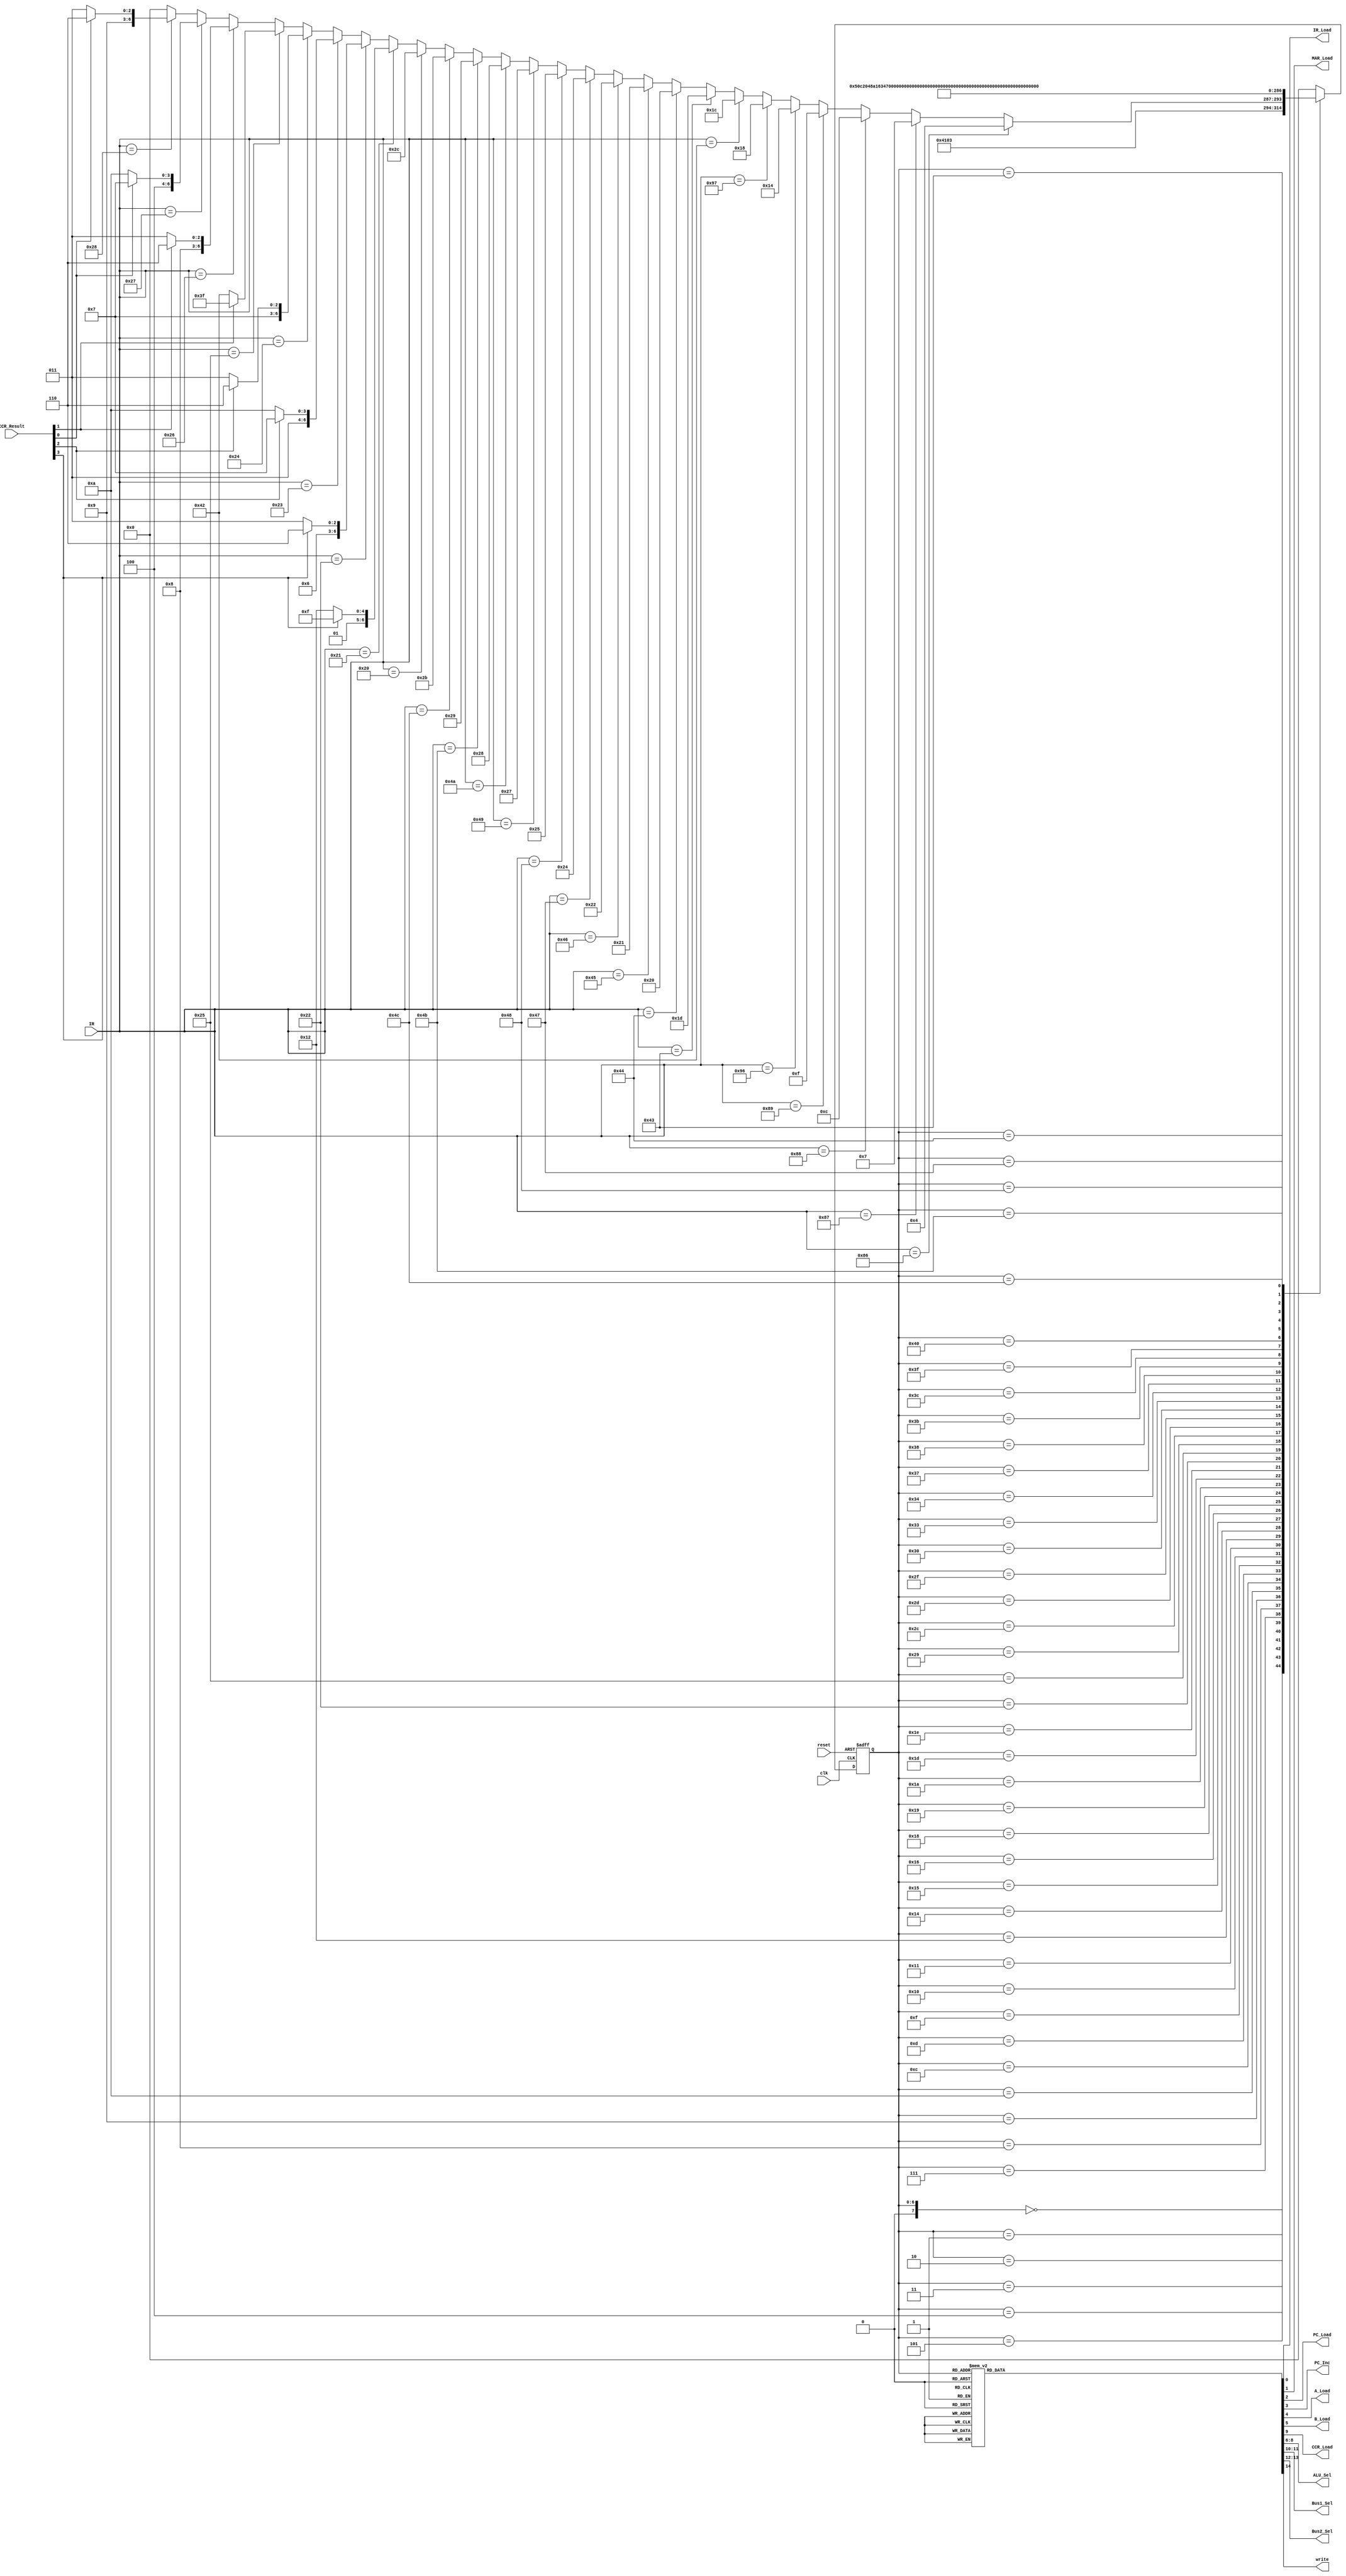
module control_unit(
		
	output reg IR_Load, 
	output reg MAR_Load, 
	output reg PC_Load, PC_Inc, 
	output reg A_Load, B_Load,
	output reg CCR_Load,
	output reg [2:0] ALU_Sel,
	output reg [1:0] Bus1_Sel, Bus2_Sel,
	output reg write, 
	input wire [7:0] IR, 
	input wire [3:0] CCR_Result,
	input wire clk, reset
	
	);
             
  	reg [7:0] current_state, next_state;

	parameter LDA_IMM = 8'h86; // Load Register A (Immediate Addressing)
	parameter LDA_DIR = 8'h87; // Load Register A from memory (RAM or IO) (Direct Addressing)
	parameter LDB_IMM = 8'h88; // Load Register B (Immediate Addressing)
	parameter LDB_DIR = 8'h89; // Load Register B from memory (RAM or IO) (Direct Addressing)
	parameter STA_DIR = 8'h96; // Store Register A to memory (RAM or IO)
	parameter STB_DIR = 8'h97; // Store Register B to memory (RAM or IO)
	
	parameter ADD_AB  = 8'h42; // A <= A + B
	parameter SUB_AB  = 8'h43; // A <= A - B
	parameter AND_AB  = 8'h44; // A <= A & B
	parameter OR_AB   = 8'h45; // A <= A | B
	parameter INCA    = 8'h46; // A <= A + 1
	parameter INCB    = 8'h47; // B <= B + 1
	parameter DECA	  = 8'h48; // A <= A - 1
	parameter DECB    = 8'h49; // B <= B - 1
	parameter XOR_AB  = 8'h4A; // A <= A ^ B
	parameter NOTA	  = 8'h4B; // A <= ~A
	parameter NOTB    = 8'h4C; // B <= ~B
	
	parameter BRA     = 8'h20; // Branch Always    to (ROM) Address
	parameter BMI     = 8'h21; // Branch if N == 1 to (ROM) Address
	parameter BPL     = 8'h22; // Branch if N == 0 to (ROM) Address
	parameter BEQ     = 8'h23; // Branch if Z == 1 to (ROM) Address
	parameter BNE	  = 8'h24; // Branch if Z == 0 to (ROM) Address
	parameter BVS	  = 8'h25; // Branch if V == 1 to (ROM) Address 
	parameter BVC     = 8'h26; // Branch if V == 0 to (ROM) Address
	parameter BCS     = 8'h27; // Branch if C == 1 to (ROM) Address
	parameter BCC     = 8'h28; // Branch if C == 0 to (ROM) Address
  	
	parameter S0_FETCH =    0,  //-- Opcode fetch states
              S1_FETCH =    1,
              S2_FETCH =    2,
              
              S3_DECODE =   3, //-- Opcode decode state
              
              S4_LDA_IMM =  4, //-- LDA_IMM execute states
              S5_LDA_IMM =  5,
              S6_LDA_IMM =  6,
              
              S4_LDA_DIR =  7, //-- LDA_DIR execute states
              S5_LDA_DIR =  8,
              S6_LDA_DIR =  9,
			  S7_LDA_DIR = 10,
			  S8_LDA_DIR = 11,

			  S4_LDB_IMM = 12, //-- LDB_IMM execute states
			  S5_LDB_IMM = 13,
			  S6_LDB_IMM = 14,
			  
			  S4_LDB_DIR = 15, //-- LDB_DIR execute states
			  S5_LDB_DIR = 16,
			  S6_LDB_DIR = 17,
			  S7_LDB_DIR = 18,
			  S8_LDB_DIR = 19,
			  
			  S4_STA_DIR = 20, //-- STA_DIR execute states
			  S5_STA_DIR = 21,
			  S6_STA_DIR = 22,
			  S7_STA_DIR = 23,
			  
			  S4_STB_DIR = 24, //-- STB_DIR execute states
			  S5_STB_DIR = 25,
			  S6_STB_DIR = 26,
			  S7_STB_DIR = 27,
			  
			  S4_ADD_AB = 28, //-- ADD_AB execute states
			  
			  S4_SUB_AB = 29, //-- SUB_AB execute states
			  S5_SUB_AB = 30,
			  S6_SUB_AB = 31,
			  
			  S4_AND_AB = 32, //-- AND_AB execute states
			  
			  S4_OR_AB  = 33, //-- OR_AB execute states
			  
			  S4_INCA   = 34, //-- INCA execute states
			  S5_INCA   = 35,
			  
			  S4_INCB   = 36, //-- INCB execute states
			  
			  S4_DECA   = 37, //-- DECA execute states
			  S5_DECA   = 38,
			  
			  S4_DECB   = 39, //-- DECB execute states
			  
			  S4_XOR_AB = 40, //-- XOR_AB execute states
			  
			  S4_NOTA   = 41, //-- NOTA execute states
			  S5_NOTA   = 42,
			  
			  S4_NOTB   = 43, //-- NOTB execute states

			  S4_BRA    = 44, //-- BRA execute states
			  S5_BRA    = 45,
			  S6_BRA    = 46,

			  S4_BMI    = 47, //-- BMI execute states
			  S5_BMI    = 48,
			  S6_BMI    = 49,
			  S7_BMI    = 50,

			  S4_BPL    = 51, //-- BPL execute states
			  S5_BPL    = 52,
			  S6_BPL    = 53,
			  S7_BPL    = 54,

			  S4_BEQ    = 55, //-- BEQ execute states
			  S5_BEQ    = 56,
			  S6_BEQ    = 57,
			  S7_BEQ    = 58,

			  S4_BNE    = 59, //-- BNE execute states
			  S5_BNE    = 60,
			  S6_BNE    = 61,
			  S7_BNE    = 62,

			  S4_BVS    = 63, //-- BVS execute states
			  S5_BVS    = 64,
			  S6_BVS    = 65,
			  S7_BVS    = 66,

			  S4_BVC    = 67, //-- BVC execute states
			  S5_BVC    = 68,
			  S6_BVC    = 69,
			  S7_BVC    = 70,

			  S4_BCS    = 71, //-- BCS execute states
			  S5_BCS    = 72,
			  S6_BCS    = 73,
			  S7_BCS    = 74,

			  S4_BCC    = 75, //-- BCC execute states
			  S5_BCC    = 76,
			  S6_BCC    = 77,
			  S7_BCC    = 78;
            
  	initial
  		begin
    		current_state = S0_FETCH;
    		next_state = S0_FETCH;
    		IR_Load = 0;
    		MAR_Load = 1;
    		PC_Load = 0;
    		PC_Inc = 0;
    		A_Load = 0;
    		B_Load = 0;
    		CCR_Load = 0;
    		ALU_Sel = 3'b000;
    		Bus1_Sel = 2'b00;
    		Bus2_Sel = 2'b01;
    		write = 0;
    	end          
  
  	always @ (posedge clk or negedge reset)
  		begin: STATE_MEMORY
  			if (!reset)
  				current_state <= S0_FETCH;
  			else
  				current_state <= next_state;
  		end
  	
  	always @ (current_state)
  		begin: NEXT_STATE_LOGIC
			case (current_state)
  				
				S0_FETCH : next_state = S1_FETCH;
  				S1_FETCH : next_state = S2_FETCH;
  				S2_FETCH : next_state = S3_DECODE;
  				
  				S3_DECODE :  if (IR == LDA_IMM) next_state = S4_LDA_IMM;
  						else if (IR == LDA_DIR) next_state = S4_LDA_DIR;
						else if (IR == LDB_IMM) next_state = S4_LDB_IMM;
  						else if (IR == LDB_DIR) next_state = S4_LDB_DIR;
  						else if (IR == STA_DIR) next_state = S4_STA_DIR;
  						else if (IR == STB_DIR) next_state = S4_STB_DIR;
  						else if (IR ==  ADD_AB) next_state = S4_ADD_AB;
  						else if (IR ==  SUB_AB) next_state = S4_SUB_AB;
  						else if (IR ==  AND_AB) next_state = S4_AND_AB;
  						else if (IR ==   OR_AB) next_state = S4_OR_AB;
  						else if (IR ==    INCA) next_state = S4_INCA;
  						else if (IR ==    INCB) next_state = S4_INCB;
  						else if (IR ==    DECA) next_state = S4_DECA;
  						else if (IR ==    DECB) next_state = S4_DECB;
  						else if (IR ==  XOR_AB) next_state = S4_XOR_AB;
  						else if (IR ==    NOTA) next_state = S4_NOTA;
  						else if (IR ==    NOTB) next_state = S4_NOTB;
  						else if (IR ==     BRA) next_state = S4_BRA;
  						
						else if (IR == BMI) begin
							
							if (CCR_Result[3] == 1)
								
								next_state = S4_BMI;
							else
								
								next_state = S7_BMI;
							
						end
  						
						else if (IR == BPL) begin

							if (CCR_Result[3] == 0)
								
								next_state = S4_BPL;
							else
								
								next_state = S7_BPL;
							
						end
  						
						else if (IR == BEQ) begin

							if (CCR_Result[2] == 1)
								
								next_state = S4_BEQ;
							else
								
								next_state = S7_BEQ;
							
						end
  						
						else if (IR == BNE) begin

							if (CCR_Result[2] == 0)
								
								next_state = S4_BNE;
							else
								
								next_state = S7_BNE;
							
						end
  						
						else if (IR == BVS) begin

							if (CCR_Result[1] == 1)
								
								next_state = S4_BVS;
							else
								
								next_state = S7_BVS;
							
						end
  						
						else if (IR == BVC) begin

							if (CCR_Result[1] == 0)
								
								next_state = S4_BVC;
							else
								
								next_state = S7_BVC;
							
						end
  						
						else if (IR == BCS) begin

							if (CCR_Result[0] == 1)
								
								next_state = S4_BCS;
							else
								
								next_state = S7_BCS;
							
						end
  						
						else if (IR == BCC) begin

							if (CCR_Result[0] == 0)
								
								next_state = S4_BCC;
							else
								
								next_state = S7_BCC;
							
						end
  						
						else next_state = S0_FETCH;
  			   				
  				S4_LDA_IMM : next_state = S5_LDA_IMM; // Execute LDA_IMM  
  				S5_LDA_IMM : next_state = S6_LDA_IMM;
				S6_LDA_IMM : next_state = S0_FETCH;

				S4_LDA_DIR : next_state = S5_LDA_DIR; // Execute LDA_DIR
				S5_LDA_DIR : next_state = S6_LDA_DIR;
				S6_LDA_DIR : next_state = S7_LDA_DIR;
				S7_LDA_DIR : next_state = S8_LDA_DIR;
				S8_LDA_DIR : next_state = S0_FETCH;

				S4_LDB_IMM : next_state = S5_LDB_IMM; // Execute LDB_IMM
				S5_LDB_IMM : next_state = S6_LDB_IMM;
				S6_LDB_IMM : next_state = S0_FETCH;

				S4_LDB_DIR : next_state = S5_LDB_DIR; // Execute LDB_DIR
				S5_LDB_DIR : next_state = S6_LDB_DIR;
				S6_LDB_DIR : next_state = S7_LDB_DIR;
				S7_LDB_DIR : next_state = S8_LDB_DIR;
				S8_LDB_DIR : next_state = S0_FETCH;

				S4_STA_DIR : next_state = S5_STA_DIR; // Execute STA_DIR
				S5_STA_DIR : next_state = S6_STA_DIR;
				S6_STA_DIR : next_state = S7_STA_DIR;
				S7_STA_DIR : next_state = S0_FETCH;

				S4_STB_DIR : next_state = S5_STB_DIR; // Execute STB_DIR
				S5_STB_DIR : next_state = S6_STB_DIR;
				S6_STB_DIR : next_state = S7_STB_DIR;
				S7_STB_DIR : next_state = S0_FETCH;

				S4_ADD_AB : next_state = S0_FETCH; // Execute ADD_AB
				
				S4_SUB_AB : next_state = S5_SUB_AB; // Execute SUB_AB
				S5_SUB_AB : next_state = S6_SUB_AB;
				S6_SUB_AB : next_state = S0_FETCH;

				S4_AND_AB : next_state = S0_FETCH; // Execute AND_AB

				S4_OR_AB  : next_state = S0_FETCH; // Execute OR_AB

				S4_INCA   : next_state = S5_INCA;
				S5_INCA   : next_state = S0_FETCH; // Execute INCA

				S4_INCB   : next_state = S0_FETCH; // Execute INCB

				S4_DECA   : next_state = S5_DECA;
				S5_DECA   : next_state = S0_FETCH; // Execute DECA

				S4_DECB   : next_state = S0_FETCH; // Execute DECB

				S4_XOR_AB : next_state = S0_FETCH; // Execute XOR_AB

				S4_NOTA   : next_state = S5_NOTA;
				S5_NOTA   : next_state = S0_FETCH; // Execute NOTA

				S4_NOTB   : next_state = S0_FETCH; // Execute NOTB

				S4_BRA : next_state = S5_BRA; // Execute BRA
				S5_BRA : next_state = S6_BRA;
				S6_BRA : next_state = S0_FETCH;
				
				S4_BMI : next_state = S5_BMI; // Execute BMI
				S5_BMI : next_state = S6_BMI;
				S6_BMI : next_state = S0_FETCH;
				S7_BMI : next_state = S0_FETCH;
				
				S4_BPL : next_state = S5_BPL; // Execute BPL
				S5_BPL : next_state = S6_BPL;
				S6_BPL : next_state = S0_FETCH;
				S7_BPL : next_state = S0_FETCH;
				
				S4_BEQ : next_state = S5_BEQ; // Execute BEQ
				S5_BEQ : next_state = S6_BEQ;
				S6_BEQ : next_state = S0_FETCH;
				S7_BEQ : next_state = S0_FETCH;
				
				S4_BNE : next_state = S5_BNE; // Execute BNE
				S5_BNE : next_state = S6_BNE;
				S6_BNE : next_state = S0_FETCH;
				S7_BNE : next_state = S0_FETCH;
				
				S4_BVS : next_state = S5_BVS; // Execute BVS
				S5_BVS : next_state = S6_BVS;
				S6_BVS : next_state = S0_FETCH;
				S7_BVS : next_state = S0_FETCH;
				
				S4_BVC : next_state = S5_BVC; // Execute BVC
				S5_BVC : next_state = S6_BVC;
				S6_BVC : next_state = S0_FETCH;
				S7_BVC : next_state = S0_FETCH;
				
				S4_BCS : next_state = S5_BCS; // Execute BCS
				S5_BCS : next_state = S6_BCS;
				S6_BCS : next_state = S0_FETCH;
				S7_BCS : next_state = S0_FETCH;
				
				S4_BCC : next_state = S5_BCC; // Execute BCC
				S5_BCC : next_state = S6_BCC;
				S6_BCC : next_state = S0_FETCH;
				S7_BCC : next_state = S0_FETCH;

  				default  : next_state = S0_FETCH;
  			
			endcase
  		end
  	
  		always @ (current_state)
  			begin: OUTPUT_LOGIC
  				case (current_state)
  				
  					S0_FETCH : 
  						begin // Put PC onto MAR to provide address of Opcode 
  							IR_Load = 0;
							MAR_Load = 1;
							PC_Load = 0;
							PC_Inc = 0;
 							A_Load = 0;
							B_Load = 0;
 							ALU_Sel = 3'b000;
 							CCR_Load = 0;
 							Bus1_Sel = 2'b00; // PC, A, B
  							Bus2_Sel = 2'b01; // ALU, Bus1, from_memory
 							write = 0;
						end
					
					S1_FETCH : 
  						begin // Increment PC 
  							IR_Load = 0;
							MAR_Load = 1;
							PC_Load = 0;
							PC_Inc = 1;
 							A_Load = 0;
							B_Load = 0;
 							ALU_Sel = 3'b000;
 							CCR_Load = 0;
 							Bus1_Sel = 2'b00; // PC, A, B
  							Bus2_Sel = 2'b01; // ALU, Bus1, from_memory
 							write = 0;
						end

					S2_FETCH : 
  						begin // Load Opcode from memory into IR 
  							IR_Load = 1;
							MAR_Load = 0;
							PC_Load = 0;
							PC_Inc = 0;
 							A_Load = 0;
							B_Load = 0;
 							ALU_Sel = 3'b000;
 							CCR_Load = 0;
 							Bus1_Sel = 2'b00; // PC, A, B
  							Bus2_Sel = 2'b10; // ALU, Bus1, from_memory
 							write = 0;
						end
						
					S3_DECODE : 
  						begin // Decode Opcode 
  							IR_Load = 0;
							MAR_Load = 0;
							PC_Load = 0;
							PC_Inc = 0;
 							A_Load = 0;
							B_Load = 0;
 							ALU_Sel = 3'b000;
 							CCR_Load = 0;
 							Bus1_Sel = 2'b00; // PC, A, B
  							Bus2_Sel = 2'b01; // ALU, Bus1, from_memory
 							write = 0;
						end

					S4_LDA_IMM : 
  						begin // Load PC address into MAR
  							IR_Load = 0;
							MAR_Load = 1;
							PC_Load = 0;
							PC_Inc = 0;
 							A_Load = 0;
							B_Load = 0;
 							ALU_Sel = 3'b000;
 							CCR_Load = 0;
 							Bus1_Sel = 2'b00; // PC, A, B
  							Bus2_Sel = 2'b01; // ALU, Bus1, from_memory
 							write = 0;
						end

					S5_LDA_IMM : 
  						begin // Increment PC
  							IR_Load = 0;
							MAR_Load = 0;
							PC_Load = 0;
							PC_Inc = 1;
 							A_Load = 0;
							B_Load = 0;
 							ALU_Sel = 3'b000;
 							CCR_Load = 0;
 							Bus1_Sel = 2'b00; // PC, A, B
  							Bus2_Sel = 2'b10; // ALU, Bus1, from_memory
 							write = 0;
						end

					S6_LDA_IMM : 
  						begin // Load data from memory into A
  							IR_Load = 0;
							MAR_Load = 0;
							PC_Load = 0;
							PC_Inc = 0;
 							A_Load = 1;
							B_Load = 0;
 							ALU_Sel = 3'b000;
 							CCR_Load = 0;
 							Bus1_Sel = 2'b00; // PC, A, B
  							Bus2_Sel = 2'b10; // ALU, Bus1, from_memory
 							write = 0;
						end

					S4_LDA_DIR : 
  						begin // Load PC address into MAR
  							IR_Load = 0;
							MAR_Load = 1;
							PC_Load = 0;
							PC_Inc = 0;
 							A_Load = 0;
							B_Load = 0;
 							ALU_Sel = 3'b000;
 							CCR_Load = 0;
 							Bus1_Sel = 2'b00; // PC, A, B
  							Bus2_Sel = 2'b01; // ALU, Bus1, from_memory
 							write = 0;
						end

					S5_LDA_DIR : 
  						begin // Increment PC
  							IR_Load = 0;
							MAR_Load = 0;
							PC_Load = 0;
							PC_Inc = 1;
 							A_Load = 0;
							B_Load = 0;
 							ALU_Sel = 3'b000;
 							CCR_Load = 0;
 							Bus1_Sel = 2'b00; // PC, A, B
  							Bus2_Sel = 2'b10; // ALU, Bus1, from_memory
 							write = 0;
						end

					S6_LDA_DIR : 
  						begin // Load address on MAR
  							IR_Load = 0;
							MAR_Load = 1;
							PC_Load = 0;
							PC_Inc = 0;
 							A_Load = 0;
							B_Load = 0;
 							ALU_Sel = 3'b000;
 							CCR_Load = 0;
 							Bus1_Sel = 2'b00; // PC, A, B
  							Bus2_Sel = 2'b10; // ALU, Bus1, from_memory
 							write = 0;
						end

					S7_LDA_DIR :
						begin // Wait
  							IR_Load = 0;
							MAR_Load = 0;
							PC_Load = 0;
							PC_Inc = 0;
 							A_Load = 0;
							B_Load = 0;
 							ALU_Sel = 3'b000;
 							CCR_Load = 0;
 							Bus1_Sel = 2'b00; // PC, A, B
  							Bus2_Sel = 2'b10; // ALU, Bus1, from_memory
 							write = 0;
						end

					S8_LDA_DIR :
						begin // Load data from memory into A
  							IR_Load = 0;
							MAR_Load = 0;
							PC_Load = 0;
							PC_Inc = 0;
 							A_Load = 1;
							B_Load = 0;
 							ALU_Sel = 3'b000;
 							CCR_Load = 0;
 							Bus1_Sel = 2'b00; // PC, A, B
  							Bus2_Sel = 2'b10; // ALU, Bus1, from_memory
 							write = 0;
						end

					S4_LDB_IMM : 
  						begin // Load PC address into MAR
  							IR_Load = 0;
							MAR_Load = 1;
							PC_Load = 0;
							PC_Inc = 0;
 							A_Load = 0;
							B_Load = 0;
 							ALU_Sel = 3'b000;
 							CCR_Load = 0;
 							Bus1_Sel = 2'b00; // PC, A, B
  							Bus2_Sel = 2'b01; // ALU, Bus1, from_memory
 							write = 0;
						end

					S5_LDB_IMM : 
  						begin // Increment PC
  							IR_Load = 0;
							MAR_Load = 0;
							PC_Load = 0;
							PC_Inc = 1;
 							A_Load = 0;
							B_Load = 0;
 							ALU_Sel = 3'b000;
 							CCR_Load = 0;
 							Bus1_Sel = 2'b00; // PC, A, B
  							Bus2_Sel = 2'b10; // ALU, Bus1, from_memory
 							write = 0;
						end

					S6_LDB_IMM : 
  						begin // Load data from memory into B
  							IR_Load = 0;
							MAR_Load = 0;
							PC_Load = 0;
							PC_Inc = 0;
 							A_Load = 0;
							B_Load = 1;
 							ALU_Sel = 3'b000;
 							CCR_Load = 0;
 							Bus1_Sel = 2'b00; // PC, A, B
  							Bus2_Sel = 2'b10; // ALU, Bus1, from_memory
 							write = 0;
						end

					S4_LDB_DIR : 
  						begin // Load PC address into MAR
  							IR_Load = 0;
							MAR_Load = 1;
							PC_Load = 0;
							PC_Inc = 0;
 							A_Load = 0;
							B_Load = 0;
 							ALU_Sel = 3'b000;
 							CCR_Load = 0;
 							Bus1_Sel = 2'b00; // PC, A, B
  							Bus2_Sel = 2'b01; // ALU, Bus1, from_memory
 							write = 0;
						end

					S5_LDB_DIR : 
  						begin // Increment PC
  							IR_Load = 0;
							MAR_Load = 0;
							PC_Load = 0;
							PC_Inc = 1;
 							A_Load = 0;
							B_Load = 0;
 							ALU_Sel = 3'b000;
 							CCR_Load = 0;
 							Bus1_Sel = 2'b00; // PC, A, B
  							Bus2_Sel = 2'b10; // ALU, Bus1, from_memory
 							write = 0;
						end

					S6_LDB_DIR : 
  						begin // Load address into MAR
  							IR_Load = 0;
							MAR_Load = 1;
							PC_Load = 0;
							PC_Inc = 0;
 							A_Load = 0;
							B_Load = 0;
 							ALU_Sel = 3'b000;
 							CCR_Load = 0;
 							Bus1_Sel = 2'b00; // PC, A, B
  							Bus2_Sel = 2'b10; // ALU, Bus1, from_memory
 							write = 0;
						end

					S7_LDB_DIR : 
  						begin // Wait
  							IR_Load = 0;
							MAR_Load = 0;
							PC_Load = 0;
							PC_Inc = 0;
 							A_Load = 0;
							B_Load = 0;
 							ALU_Sel = 3'b000;
 							CCR_Load = 0;
 							Bus1_Sel = 2'b00; // PC, A, B
  							Bus2_Sel = 2'b10; // ALU, Bus1, from_memory
 							write = 0;
						end

					S8_LDB_DIR :
						begin // Load data from memory into B
  							IR_Load = 0;
							MAR_Load = 0;
							PC_Load = 0;
							PC_Inc = 0;
 							A_Load = 0;
							B_Load = 1;
 							ALU_Sel = 3'b000;
 							CCR_Load = 0;
 							Bus1_Sel = 2'b00; // PC, A, B
  							Bus2_Sel = 2'b10; // ALU, Bus1, from_memory
 							write = 0;
						end

					S4_STA_DIR : 
  						begin // Load PC address into MAR
  							IR_Load = 0;
							MAR_Load = 1;
							PC_Load = 0;
							PC_Inc = 0;
 							A_Load = 0;
							B_Load = 0;
 							ALU_Sel = 3'b000;
 							CCR_Load = 0;
 							Bus1_Sel = 2'b00; // PC, A, B
  							Bus2_Sel = 2'b01; // ALU, Bus1, from_memory
 							write = 0;
						end

					S5_STA_DIR : 
  						begin // Increment PC
  							IR_Load = 0;
							MAR_Load = 0;
							PC_Load = 0;
							PC_Inc = 1;
 							A_Load = 0;
							B_Load = 0;
 							ALU_Sel = 3'b000;
 							CCR_Load = 0;
 							Bus1_Sel = 2'b00; // PC, A, B
  							Bus2_Sel = 2'b10; // ALU, Bus1, from_memory
 							write = 0;
						end

					S6_STA_DIR : 
  						begin // Load data from memory into MAR
  							IR_Load = 0;
							MAR_Load = 1;
							PC_Load = 0;
							PC_Inc = 0;
 							A_Load = 0;
							B_Load = 0;
 							ALU_Sel = 3'b000;
 							CCR_Load = 0;
 							Bus1_Sel = 2'b00; // PC, A, B
  							Bus2_Sel = 2'b10; // ALU, Bus1, from_memory
 							write = 0;
						end

					S7_STA_DIR : 
  						begin // Write data from A into memory
  							IR_Load = 0;
							MAR_Load = 0;
							PC_Load = 0;
							PC_Inc = 0;
 							A_Load = 0;
							B_Load = 0;
 							ALU_Sel = 3'b000;
 							CCR_Load = 0;
 							Bus1_Sel = 2'b01; // PC, A, B
  							Bus2_Sel = 2'b00; // ALU, Bus1, from_memory
 							write = 1;
						end

					S4_STB_DIR : 
  						begin // Load PC address into MAR
  							IR_Load = 0;
							MAR_Load = 1;
							PC_Load = 0;
							PC_Inc = 0;
 							A_Load = 0;
							B_Load = 0;
 							ALU_Sel = 3'b000;
 							CCR_Load = 0;
 							Bus1_Sel = 2'b00; // PC, A, B
  							Bus2_Sel = 2'b01; // ALU, Bus1, from_memory
 							write = 0;
						end

					S5_STB_DIR : 
  						begin // Increment PC
  							IR_Load = 0;
							MAR_Load = 0;
							PC_Load = 0;
							PC_Inc = 1;
 							A_Load = 0;
							B_Load = 0;
 							ALU_Sel = 3'b000;
 							CCR_Load = 0;
 							Bus1_Sel = 2'b00; // PC, A, B
  							Bus2_Sel = 2'b10; // ALU, Bus1, from_memory
 							write = 0;
						end

					S6_STB_DIR : 
  						begin // Load data from memory into MAR
  							IR_Load = 0;
							MAR_Load = 1;
							PC_Load = 0;
							PC_Inc = 0;
 							A_Load = 0;
							B_Load = 0;
 							ALU_Sel = 3'b000;
 							CCR_Load = 0;
 							Bus1_Sel = 2'b00; // PC, A, B
  							Bus2_Sel = 2'b10; // ALU, Bus1, from_memory
 							write = 0;
						end

					S7_STB_DIR : 
  						begin // Write data from B into memory
  							IR_Load = 0;
							MAR_Load = 0;
							PC_Load = 0;
							PC_Inc = 0;
 							A_Load = 0;
							B_Load = 0;
 							ALU_Sel = 3'b000;
 							CCR_Load = 0;
 							Bus1_Sel = 2'b10; // PC, A, B
  							Bus2_Sel = 2'b00; // ALU, Bus1, from_memory
 							write = 1;
						end

					S4_ADD_AB : 
  						begin // Redirect A to ALU
  							IR_Load = 0;
							MAR_Load = 0;
							PC_Load = 0;
							PC_Inc = 0;
 							A_Load = 1;
							B_Load = 0;
 							ALU_Sel = 3'b000;
 							CCR_Load = 1;
 							Bus1_Sel = 2'b01; // PC, A, B
  							Bus2_Sel = 2'b00; // ALU, Bus1, from_memory
 							write = 0;
						end

					S4_SUB_AB :
						begin // Do NOT B and store in B
							IR_Load = 0;
							MAR_Load = 0;
							PC_Load = 0;
							PC_Inc = 0;
							A_Load = 0;
							B_Load = 1;
							ALU_Sel = 3'b111;
							CCR_Load = 0;
							Bus1_Sel = 2'b10; // PC, A, B
							Bus2_Sel = 2'b00; // ALU, Bus1, from_memory
							write = 0;
						end

					S5_SUB_AB :
						begin // Do INC B and store in B
							IR_Load = 0;
							MAR_Load = 0;
							PC_Load = 0;
							PC_Inc = 0;
							A_Load = 0;
							B_Load = 1;
							ALU_Sel = 3'b001;
							CCR_Load = 0;
							Bus1_Sel = 2'b10; // PC, A, B
							Bus2_Sel = 2'b00; // ALU, Bus1, from_memory
							write = 0;
						end

					S6_SUB_AB :
						begin // Do A + B and store in A
							IR_Load = 0;
							MAR_Load = 0;
							PC_Load = 0;
							PC_Inc = 0;
							A_Load = 1;
							B_Load = 0;
							ALU_Sel = 3'b000;
							CCR_Load = 1;
							Bus1_Sel = 2'b01; // PC, A, B
							Bus2_Sel = 2'b00; // ALU, Bus1, from_memory
							write = 0;
						end

					S4_AND_AB :
						begin // Redirect A to ALU
							IR_Load = 0;
							MAR_Load = 0;
							PC_Load = 0;
							PC_Inc = 0;
							A_Load = 1;
							B_Load = 0;
							ALU_Sel = 3'b100;
							CCR_Load = 1;
							Bus1_Sel = 2'b01; // PC, A, B
							Bus2_Sel = 2'b00; // ALU, Bus1, from_memory
							write = 0;
						end
					
					S4_OR_AB :
						begin // Redirect A to ALU
							IR_Load = 0;
							MAR_Load = 0;
							PC_Load = 0;
							PC_Inc = 0;
							A_Load = 1;
							B_Load = 0;
							ALU_Sel = 3'b101;
							CCR_Load = 1;
							Bus1_Sel = 2'b01; // PC, A, B
							Bus2_Sel = 2'b00; // ALU, Bus1, from_memory
							write = 0;
						end

					S4_INCA :
						begin // Load A into BUS1 and into B
							IR_Load = 0;
							MAR_Load = 0;
							PC_Load = 0;
							PC_Inc = 0;
							A_Load = 0;
							B_Load = 1;
							ALU_Sel = 3'b000;
							CCR_Load = 0;
							Bus1_Sel = 2'b01; // PC, A, B
							Bus2_Sel = 2'b01; // ALU, Bus1, from_memory
							write = 0;
						end

					S5_INCA :
						begin // Redirect A to ALU
							IR_Load = 0;
							MAR_Load = 0;
							PC_Load = 0;
							PC_Inc = 0;
							A_Load = 1;
							B_Load = 0;
							ALU_Sel = 3'b001;
							CCR_Load = 0;
							Bus1_Sel = 2'b01; // PC, A, B
							Bus2_Sel = 2'b00; // ALU, Bus1, from_memory
							write = 0;
						end


					S4_INCB :
						begin // Redirect B to ALU
							IR_Load = 0;
							MAR_Load = 0;
							PC_Load = 0;
							PC_Inc = 0;
							A_Load = 0;
							B_Load = 1;
							ALU_Sel = 3'b001;
							CCR_Load = 1;
							Bus1_Sel = 2'b10; // PC, A, B
							Bus2_Sel = 2'b00; // ALU, Bus1, from_memory
							write = 0;
						end	

					S4_DECA :
						begin // Load A into BUS1 and into B
							IR_Load = 0;
							MAR_Load = 0;
							PC_Load = 0;
							PC_Inc = 0;
							A_Load = 0;
							B_Load = 1;
							ALU_Sel = 3'b000;
							CCR_Load = 0;
							Bus1_Sel = 2'b01; // PC, A, B
							Bus2_Sel = 2'b01; // ALU, Bus1, from_memory
							write = 0;
						end

					S5_DECA :
						begin // Redirect A to ALU
							IR_Load = 0;
							MAR_Load = 0;
							PC_Load = 0;
							PC_Inc = 0;
							A_Load = 1;
							B_Load = 0;
							ALU_Sel = 3'b011;
							CCR_Load = 0;
							Bus1_Sel = 2'b01; // PC, A, B
							Bus2_Sel = 2'b00; // ALU, Bus1, from_memory
							write = 0;
						end

					S4_DECB :
						begin // Redirect B to ALU
							IR_Load = 0;
							MAR_Load = 0;
							PC_Load = 0;
							PC_Inc = 0;
							A_Load = 0;
							B_Load = 1;
							ALU_Sel = 3'b011;
							CCR_Load = 1;
							Bus1_Sel = 2'b10; // PC, A, B
							Bus2_Sel = 2'b00; // ALU, Bus1, from_memory
							write = 0;
						end

					S4_XOR_AB :
						begin // Redirect A to ALU
							IR_Load = 0;
							MAR_Load = 0;
							PC_Load = 0;
							PC_Inc = 0;
							A_Load = 1;
							B_Load = 0;
							ALU_Sel = 3'b110;
							CCR_Load = 1;
							Bus1_Sel = 2'b01; // PC, A, B
							Bus2_Sel = 2'b00; // ALU, Bus1, from_memory
							write = 0;
						end

					S4_NOTA :
						begin // Load A into BUS1 and into B
							IR_Load = 0;
							MAR_Load = 0;
							PC_Load = 0;
							PC_Inc = 0;
							A_Load = 0;
							B_Load = 1;
							ALU_Sel = 3'b000;
							CCR_Load = 0;
							Bus1_Sel = 2'b01; // PC, A, B
							Bus2_Sel = 2'b01; // ALU, Bus1, from_memory
							write = 0;
						end

					S5_NOTA :
						begin // Redirect A to ALU
							IR_Load = 0;
							MAR_Load = 0;
							PC_Load = 0;
							PC_Inc = 0;
							A_Load = 1;
							B_Load = 0;
							ALU_Sel = 3'b111;
							CCR_Load = 1;
							Bus1_Sel = 2'b01; // PC, A, B
							Bus2_Sel = 2'b00; // ALU, Bus1, from_memory
							write = 0;
						end

					S4_NOTB :
						begin // Redirect B to ALU
							IR_Load = 0;
							MAR_Load = 0;
							PC_Load = 0;
							PC_Inc = 0;
							A_Load = 0;
							B_Load = 1;
							ALU_Sel = 3'b111;
							CCR_Load = 1;
							Bus1_Sel = 2'b10; // PC, A, B
							Bus2_Sel = 2'b00; // ALU, Bus1, from_memory
							write = 0;
						end

					S4_BRA :
						begin // Load PC address into MAR
							IR_Load = 0;
							MAR_Load = 1;
							PC_Load = 0;
							PC_Inc = 0;
							A_Load = 0;
							B_Load = 0;
							ALU_Sel = 3'b000;
							CCR_Load = 0;
							Bus1_Sel = 2'b00; // PC, A, B
							Bus2_Sel = 2'b01; // ALU, Bus1, from_memory
							write = 0;
						end

					S5_BRA :
						begin // Wait
							IR_Load = 0;
							MAR_Load = 0;
							PC_Load = 0;
							PC_Inc = 0;
							A_Load = 0;
							B_Load = 0;
							ALU_Sel = 3'b000;
							CCR_Load = 0;
							Bus1_Sel = 2'b00; // PC, A, B
							Bus2_Sel = 2'b10; // ALU, Bus1, from_memory
							write = 0;
						end

					S6_BRA :
						begin // Load data from memory into PC
							IR_Load = 0;
							MAR_Load = 0;
							PC_Load = 1;
							PC_Inc = 0;
							A_Load = 0;
							B_Load = 0;
							ALU_Sel = 3'b000;
							CCR_Load = 0;
							Bus1_Sel = 2'b00; // PC, A, B
							Bus2_Sel = 2'b10; // ALU, Bus1, from_memory
							write = 0;
						end

					S4_BMI :
						begin // Load PC address into MAR
							IR_Load = 0;
							MAR_Load = 1;
							PC_Load = 0;
							PC_Inc = 0;
							A_Load = 0;
							B_Load = 0;
							ALU_Sel = 3'b000;
							CCR_Load = 0;
							Bus1_Sel = 2'b00; // PC, A, B
							Bus2_Sel = 2'b01; // ALU, Bus1, from_memory
							write = 0;
						end

					S5_BMI :
						begin // Wait
							IR_Load = 0;
							MAR_Load = 0;
							PC_Load = 0;
							PC_Inc = 0;
							A_Load = 0;
							B_Load = 0;
							ALU_Sel = 3'b000;
							CCR_Load = 0;
							Bus1_Sel = 2'b00; // PC, A, B
							Bus2_Sel = 2'b10; // ALU, Bus1, from_memory
							write = 0;
						end

					S6_BMI :
						begin // Load data from memory into PC
							IR_Load = 0;
							MAR_Load = 0;
							PC_Load = 1;
							PC_Inc = 0;
							A_Load = 0;
							B_Load = 0;
							ALU_Sel = 3'b000;
							CCR_Load = 0;
							Bus1_Sel = 2'b00; // PC, A, B
							Bus2_Sel = 2'b10; // ALU, Bus1, from_memory
							write = 0;
						end

					S7_BMI :
						begin // Increment PC
							IR_Load = 0;
							MAR_Load = 0;
							PC_Load = 0;
							PC_Inc = 1;
							A_Load = 0;
							B_Load = 0;
							ALU_Sel = 3'b000;
							CCR_Load = 0;
							Bus1_Sel = 2'b00; // PC, A, B
							Bus2_Sel = 2'b10; // ALU, Bus1, from_memory
							write = 0;
						end

					S4_BPL :
						begin // Load PC address into MAR
							IR_Load = 0;
							MAR_Load = 1;
							PC_Load = 0;
							PC_Inc = 0;
							A_Load = 0;
							B_Load = 0;
							ALU_Sel = 3'b000;
							CCR_Load = 0;
							Bus1_Sel = 2'b00; // PC, A, B
							Bus2_Sel = 2'b01; // ALU, Bus1, from_memory
							write = 0;
						end

					S5_BPL :
						begin // Wait
							IR_Load = 0;
							MAR_Load = 0;
							PC_Load = 0;
							PC_Inc = 0;
							A_Load = 0;
							B_Load = 0;
							ALU_Sel = 3'b000;
							CCR_Load = 0;
							Bus1_Sel = 2'b00; // PC, A, B
							Bus2_Sel = 2'b10; // ALU, Bus1, from_memory
							write = 0;
						end

					S6_BPL :
						begin // Load data from memory into PC
							IR_Load = 0;
							MAR_Load = 0;
							PC_Load = 1;
							PC_Inc = 0;
							A_Load = 0;
							B_Load = 0;
							ALU_Sel = 3'b000;
							CCR_Load = 0;
							Bus1_Sel = 2'b00; // PC, A, B
							Bus2_Sel = 2'b10; // ALU, Bus1, from_memory
							write = 0;
						end

					S7_BPL :
						begin // Increment PC
							IR_Load = 0;
							MAR_Load = 0;
							PC_Load = 0;
							PC_Inc = 1;
							A_Load = 0;
							B_Load = 0;
							ALU_Sel = 3'b000;
							CCR_Load = 0;
							Bus1_Sel = 2'b00; // PC, A, B
							Bus2_Sel = 2'b10; // ALU, Bus1, from_memory
							write = 0;
						end

					S4_BEQ :
						begin // Load PC address into MAR
							IR_Load = 0;
							MAR_Load = 1;
							PC_Load = 0;
							PC_Inc = 0;
							A_Load = 0;
							B_Load = 0;
							ALU_Sel = 3'b000;
							CCR_Load = 0;
							Bus1_Sel = 2'b00; // PC, A, B
							Bus2_Sel = 2'b01; // ALU, Bus1, from_memory
							write = 0;
						end

					S5_BEQ :
						begin // Wait
							IR_Load = 0;
							MAR_Load = 0;
							PC_Load = 0;
							PC_Inc = 0;
							A_Load = 0;
							B_Load = 0;
							ALU_Sel = 3'b000;
							CCR_Load = 0;
							Bus1_Sel = 2'b00; // PC, A, B
							Bus2_Sel = 2'b10; // ALU, Bus1, from_memory
							write = 0;
						end

					S6_BEQ :
						begin // Load data from memory into PC
							IR_Load = 0;
							MAR_Load = 0;
							PC_Load = 1;
							PC_Inc = 0;
							A_Load = 0;
							B_Load = 0;
							ALU_Sel = 3'b000;
							CCR_Load = 0;
							Bus1_Sel = 2'b00; // PC, A, B
							Bus2_Sel = 2'b10; // ALU, Bus1, from_memory
							write = 0;
						end

					S7_BEQ :
						begin // Increment PC
							IR_Load = 0;
							MAR_Load = 0;
							PC_Load = 0;
							PC_Inc = 1;
							A_Load = 0;
							B_Load = 0;
							ALU_Sel = 3'b000;
							CCR_Load = 0;
							Bus1_Sel = 2'b00; // PC, A, B
							Bus2_Sel = 2'b10; // ALU, Bus1, from_memory
							write = 0;
						end

					S4_BNE :
						begin // Load PC address into MAR
							IR_Load = 0;
							MAR_Load = 1;
							PC_Load = 0;
							PC_Inc = 0;
							A_Load = 0;
							B_Load = 0;
							ALU_Sel = 3'b000;
							CCR_Load = 0;
							Bus1_Sel = 2'b00; // PC, A, B
							Bus2_Sel = 2'b01; // ALU, Bus1, from_memory
							write = 0;
						end

					S5_BNE :
						begin // Wait
							IR_Load = 0;
							MAR_Load = 0;
							PC_Load = 0;
							PC_Inc = 0;
							A_Load = 0;
							B_Load = 0;
							ALU_Sel = 3'b000;
							CCR_Load = 0;
							Bus1_Sel = 2'b00; // PC, A, B
							Bus2_Sel = 2'b10; // ALU, Bus1, from_memory
							write = 0;
						end
					
					S6_BNE :
						begin // Load data from memory into PC
							IR_Load = 0;
							MAR_Load = 0;
							PC_Load = 1;
							PC_Inc = 0;
							A_Load = 0;
							B_Load = 0;
							ALU_Sel = 3'b000;
							CCR_Load = 0;
							Bus1_Sel = 2'b00; // PC, A, B
							Bus2_Sel = 2'b10; // ALU, Bus1, from_memory
							write = 0;
						end
					
					S7_BNE :
						begin // Increment PC
							IR_Load = 0;
							MAR_Load = 0;
							PC_Load = 0;
							PC_Inc = 1;
							A_Load = 0;
							B_Load = 0;
							ALU_Sel = 3'b000;
							CCR_Load = 0;
							Bus1_Sel = 2'b00; // PC, A, B
							Bus2_Sel = 2'b10; // ALU, Bus1, from_memory
							write = 0;
						end

					S4_BVS :
						begin // Load PC address into MAR
							IR_Load = 0;
							MAR_Load = 1;
							PC_Load = 0;
							PC_Inc = 0;
							A_Load = 0;
							B_Load = 0;
							ALU_Sel = 3'b000;
							CCR_Load = 0;
							Bus1_Sel = 2'b00; // PC, A, B
							Bus2_Sel = 2'b01; // ALU, Bus1, from_memory
							write = 0;
						end

					S5_BVS :
						begin // Wait
							IR_Load = 0;
							MAR_Load = 0;
							PC_Load = 0;
							PC_Inc = 0;
							A_Load = 0;
							B_Load = 0;
							ALU_Sel = 3'b000;
							CCR_Load = 0;
							Bus1_Sel = 2'b00; // PC, A, B
							Bus2_Sel = 2'b10; // ALU, Bus1, from_memory
							write = 0;
						end

					S6_BVS :
						begin // Load data from memory into PC
							IR_Load = 0;
							MAR_Load = 0;
							PC_Load = 1;
							PC_Inc = 0;
							A_Load = 0;
							B_Load = 0;
							ALU_Sel = 3'b000;
							CCR_Load = 0;
							Bus1_Sel = 2'b00; // PC, A, B
							Bus2_Sel = 2'b10; // ALU, Bus1, from_memory
							write = 0;
						end

					S7_BVS :
						begin // Increment PC
							IR_Load = 0;
							MAR_Load = 0;
							PC_Load = 0;
							PC_Inc = 1;
							A_Load = 0;
							B_Load = 0;
							ALU_Sel = 3'b000;
							CCR_Load = 0;
							Bus1_Sel = 2'b00; // PC, A, B
							Bus2_Sel = 2'b10; // ALU, Bus1, from_memory
							write = 0;
						end

					S4_BVC :
						begin // Load PC address into MAR
							IR_Load = 0;
							MAR_Load = 1;
							PC_Load = 0;
							PC_Inc = 0;
							A_Load = 0;
							B_Load = 0;
							ALU_Sel = 3'b000;
							CCR_Load = 0;
							Bus1_Sel = 2'b00; // PC, A, B
							Bus2_Sel = 2'b01; // ALU, Bus1, from_memory
							write = 0;
						end

					S5_BVC :
						begin // Wait
							IR_Load = 0;
							MAR_Load = 0;
							PC_Load = 0;
							PC_Inc = 0;
							A_Load = 0;
							B_Load = 0;
							ALU_Sel = 3'b000;
							CCR_Load = 0;
							Bus1_Sel = 2'b00; // PC, A, B
							Bus2_Sel = 2'b10; // ALU, Bus1, from_memory
							write = 0;
						end

					S6_BVC :
						begin // Load data from memory into PC
							IR_Load = 0;
							MAR_Load = 0;
							PC_Load = 1;
							PC_Inc = 0;
							A_Load = 0;
							B_Load = 0;
							ALU_Sel = 3'b000;
							CCR_Load = 0;
							Bus1_Sel = 2'b00; // PC, A, B
							Bus2_Sel = 2'b10; // ALU, Bus1, from_memory
							write = 0;
						end

					S7_BVC :
						begin // Increment PC
							IR_Load = 0;
							MAR_Load = 0;
							PC_Load = 0;
							PC_Inc = 1;
							A_Load = 0;
							B_Load = 0;
							ALU_Sel = 3'b000;
							CCR_Load = 0;
							Bus1_Sel = 2'b00; // PC, A, B
							Bus2_Sel = 2'b10; // ALU, Bus1, from_memory
							write = 0;
						end

					S4_BCS :
						begin // Load PC address into MAR
							IR_Load = 0;
							MAR_Load = 1;
							PC_Load = 0;
							PC_Inc = 0;
							A_Load = 0;
							B_Load = 0;
							ALU_Sel = 3'b000;
							CCR_Load = 0;
							Bus1_Sel = 2'b00; // PC, A, B
							Bus2_Sel = 2'b01; // ALU, Bus1, from_memory
							write = 0;
						end

					S5_BCS :
						begin // Wait
							IR_Load = 0;
							MAR_Load = 0;
							PC_Load = 0;
							PC_Inc = 0;
							A_Load = 0;
							B_Load = 0;
							ALU_Sel = 3'b000;
							CCR_Load = 0;
							Bus1_Sel = 2'b00; // PC, A, B
							Bus2_Sel = 2'b10; // ALU, Bus1, from_memory
							write = 0;
						end

					S6_BCS :
						begin // Load data from memory into PC
							IR_Load = 0;
							MAR_Load = 0;
							PC_Load = 1;
							PC_Inc = 0;
							A_Load = 0;
							B_Load = 0;
							ALU_Sel = 3'b000;
							CCR_Load = 0;
							Bus1_Sel = 2'b00; // PC, A, B
							Bus2_Sel = 2'b10; // ALU, Bus1, from_memory
							write = 0;
						end

					S7_BCS :
						begin // Increment PC
							IR_Load = 0;
							MAR_Load = 0;
							PC_Load = 0;
							PC_Inc = 1;
							A_Load = 0;
							B_Load = 0;
							ALU_Sel = 3'b000;
							CCR_Load = 0;
							Bus1_Sel = 2'b00; // PC, A, B
							Bus2_Sel = 2'b10; // ALU, Bus1, from_memory
							write = 0;
						end

					S4_BCC :
						begin // Load PC address into MAR
							IR_Load = 0;
							MAR_Load = 1;
							PC_Load = 0;
							PC_Inc = 0;
							A_Load = 0;
							B_Load = 0;
							ALU_Sel = 3'b000;
							CCR_Load = 0;
							Bus1_Sel = 2'b00; // PC, A, B
							Bus2_Sel = 2'b01; // ALU, Bus1, from_memory
							write = 0;
						end

					S5_BCC :
						begin // Wait
							IR_Load = 0;
							MAR_Load = 0;
							PC_Load = 0;
							PC_Inc = 0;
							A_Load = 0;
							B_Load = 0;
							ALU_Sel = 3'b000;
							CCR_Load = 0;
							Bus1_Sel = 2'b00; // PC, A, B
							Bus2_Sel = 2'b10; // ALU, Bus1, from_memory
							write = 0;
						end

					S6_BCC :
						begin // Load data from memory into PC
							IR_Load = 0;
							MAR_Load = 0;
							PC_Load = 1;
							PC_Inc = 0;
							A_Load = 0;
							B_Load = 0;
							ALU_Sel = 3'b000;
							CCR_Load = 0;
							Bus1_Sel = 2'b00; // PC, A, B
							Bus2_Sel = 2'b10; // ALU, Bus1, from_memory
							write = 0;
						end

					S7_BCC :
						begin // Increment PC
							IR_Load = 0;
							MAR_Load = 0;
							PC_Load = 0;
							PC_Inc = 1;
							A_Load = 0;
							B_Load = 0;
							ALU_Sel = 3'b000;
							CCR_Load = 0;
							Bus1_Sel = 2'b00; // PC, A, B
							Bus2_Sel = 2'b10; // ALU, Bus1, from_memory
							write = 0;
						end

					default : 
						begin
							IR_Load = 0;
							MAR_Load = 0;
							PC_Load = 0;
							PC_Inc = 0;
							A_Load = 0;
							B_Load = 0;
							ALU_Sel = 3'b000;
							CCR_Load = 0;
							Bus1_Sel = 2'b00; // PC, A, B
							Bus2_Sel = 2'b00; // ALU, Bus1, from_memory
							write = 0;
						end
  				
				endcase
  			end
endmodule